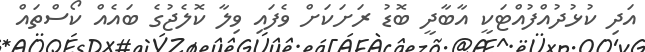
އަދި ކުޅުދުއްފުއްޓަކީ އާބާދީ ބޮޑު ރަށަކަށް ވެފައި ވިލާ ކޮލެޖުގެ ބައެއް ކޯސްތައް